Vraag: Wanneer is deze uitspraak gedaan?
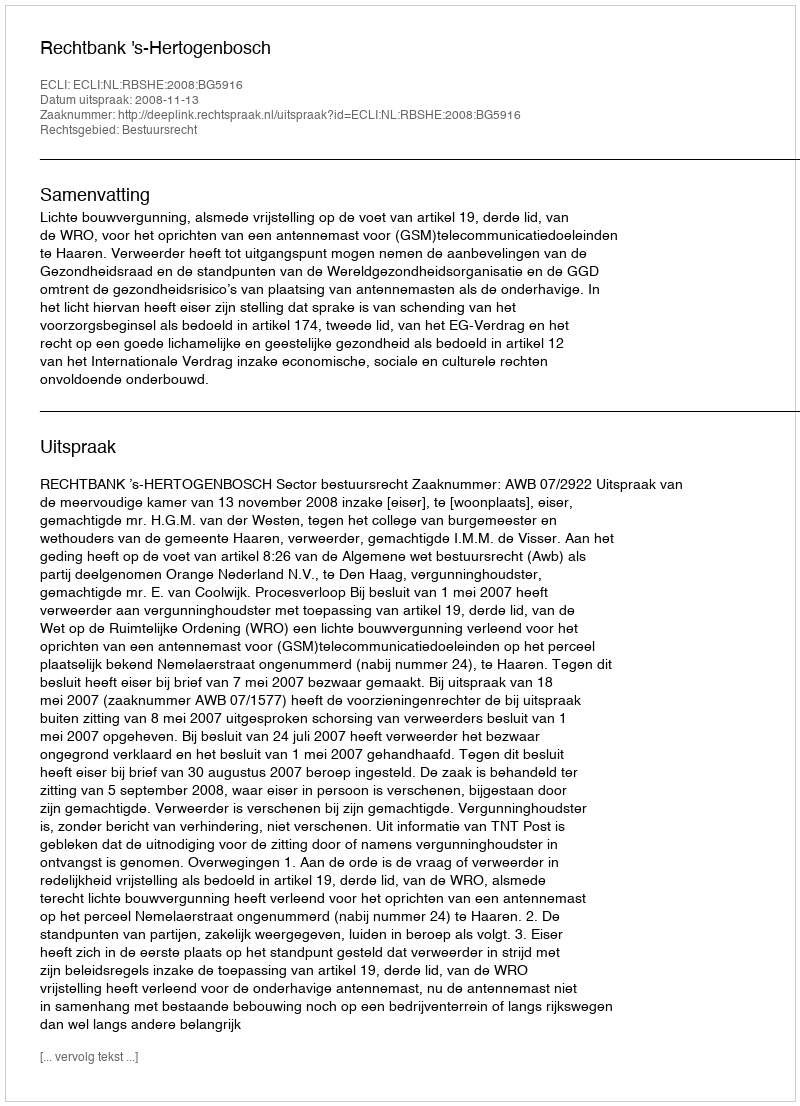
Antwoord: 2008-11-13